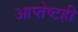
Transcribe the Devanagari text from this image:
आप्तेष्टही